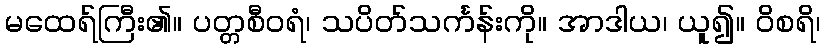
မထေရ်ကြီး၏။ ပတ္တစီဝရံ၊ သပိတ်သင်္ကန်းကို။ အာဒါယ၊ ယူ၍။ ဝိစရိ၊